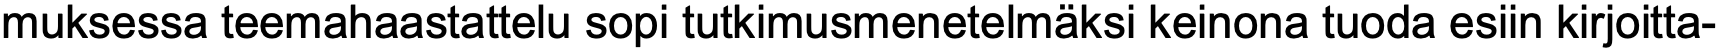
muksessa teemahaastattelu sopi tutkimusmenetelmäksi keinona tuoda esiin kirjoitta-